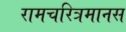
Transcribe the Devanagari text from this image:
रामचरित्रमानस